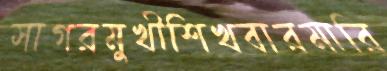
সাগরমুখীশিখবারমারি